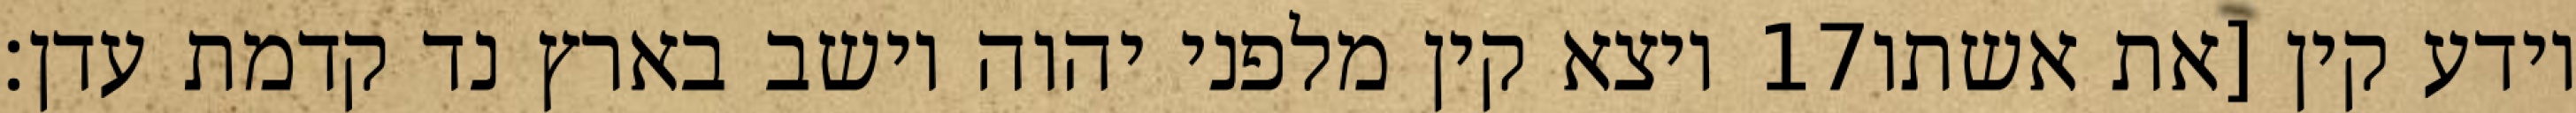
ויצא קין מלפני יהוה וישב בארץ נד קדמת עדן׃ ‎17‏ וידע קין [את אשתו